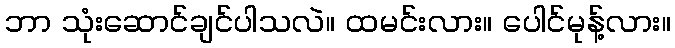
ဘာ သုံးဆောင်ချင်ပါသလဲ။ ထမင်းလား။ ပေါင်မုန့်လား။